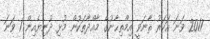
2017 ވަނަ އަހަރު ޘާނަވީ އިމްތިޙާނުގެ މާއްދާތަކުން މުޅި ދުނިޔެއިން 1 ވަނަ